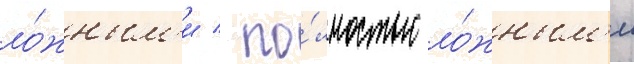
ло́жным'и / по́лностью ло́жным'и